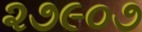
૨૭૯૦૭